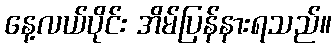
နေ့လယ်ပိုင်း အိမ်ပြန်နားရသည်။